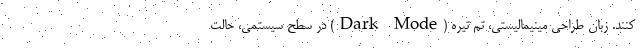
کنند. زبان طراحی مینیمالیستی، تم تیره (Dark Mode) در سطح سیستمی، حالت